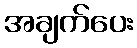
အချက်ပေး